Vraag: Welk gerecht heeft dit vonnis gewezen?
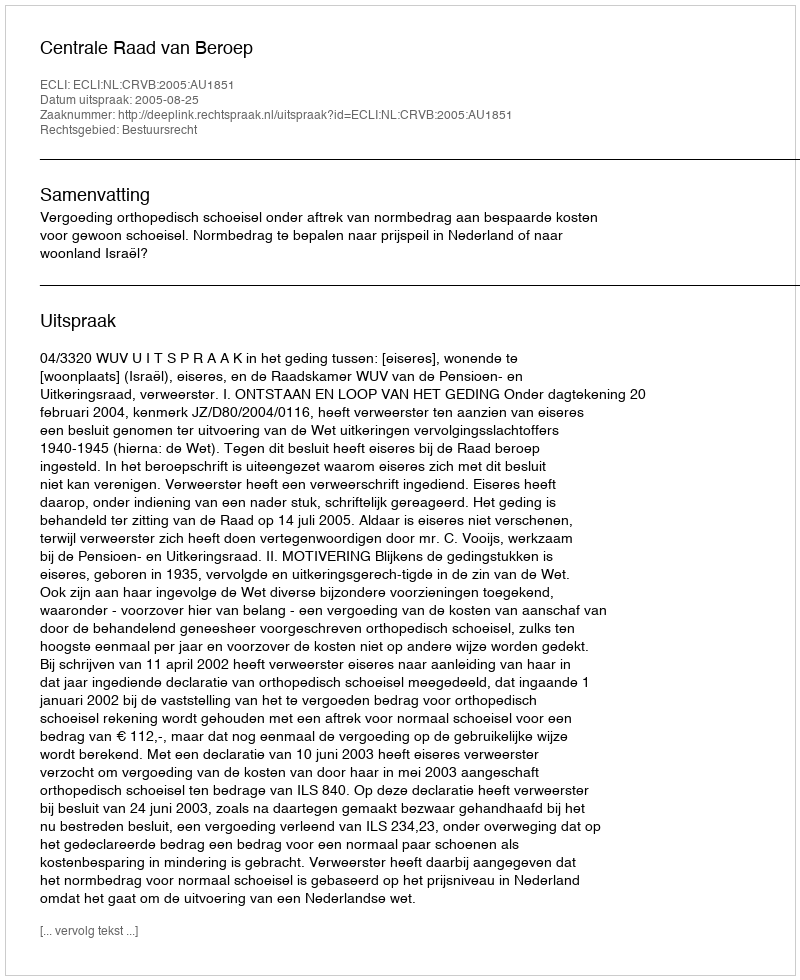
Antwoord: Centrale Raad van Beroep